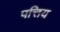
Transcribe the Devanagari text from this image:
पत्तिय